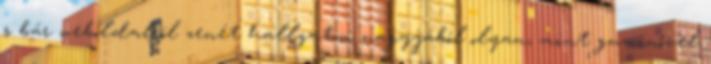
s bár weboldalról zenét hallgatni nagyjából olyan, mint guminővel